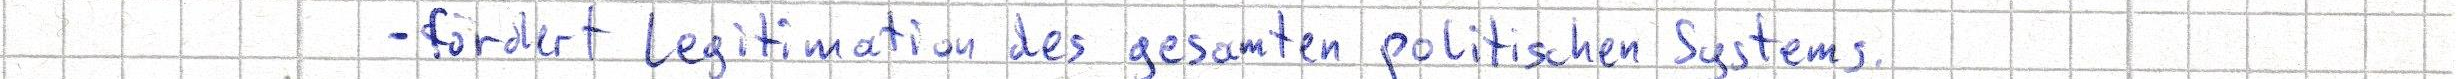
- fördert Legitimation des gesamten politischen Systems.